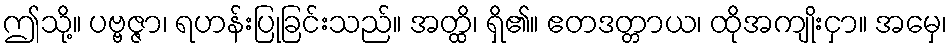
ဤသို့။ ပဗ္ဗဇ္ဇာ၊ ရဟန်းပြုခြင်းသည်။ အတ္ထိ၊ ရှိ၏။ ဧတဒတ္တာယ၊ ထိုအကျိုးငှာ။ အမှေ၊